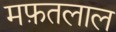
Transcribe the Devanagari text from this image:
मफ़तलाल